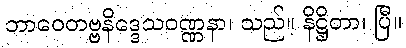
ဘာဝေတဗ္ဗနိဒ္ဒေသဝဏ္ဏနာ၊ သည်။ နိဋ္ဌိတာ၊ ပြီ။